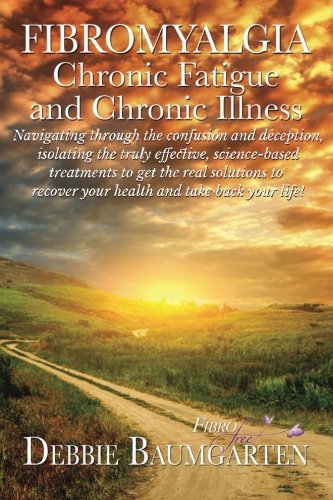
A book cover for Fibromyalgia, Chronic Fatigue and Chronic Illness; Navigating through the confusion and deception, isolating the truly effective, science-based ... recover your health and take back your life!; Debra Baumgarten; Health, Fitness & Dieting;